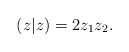
\begin{align*}(z|z) = 2 z_1 z_2.\end{align*}